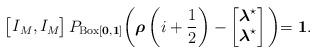
LaTeX: \begin{align*}\left[\begin{array}{cc}\!\!I_{M},&\!\!\!\!I_{M}\!\!\! \\\end{array}\right]P_{\operatorname{Box}[\boldsymbol{0}, \boldsymbol{1}]}\biggl(\boldsymbol{\rho}\left(i+\frac{1}{2}\right)-\begin{bmatrix}\boldsymbol{\lambda}^{\star} \\\boldsymbol{\lambda}^{\star}\end{bmatrix}\biggl)=\boldsymbol{1}.\end{align*}